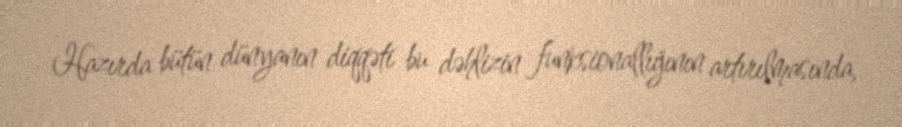
Hazırda bütün dünyanın diqqəti bu dəhlizin funksionallığının artırılmasında,